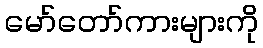
မော်တော်ကားများကို